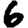
Digit: 6